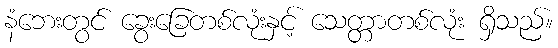
နံဘေးတွင် ခွေးခြေတစ်လုံးနှင့် သေတ္တာတစ်လုံး ရှိသည်။